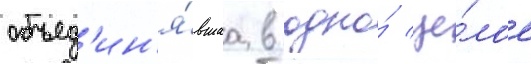
объед'ин'я́вшаа в одно́ це́лое